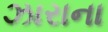
ઝારાના